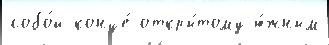
собо́й конце́ откры́тому ю́жным